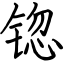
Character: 锪